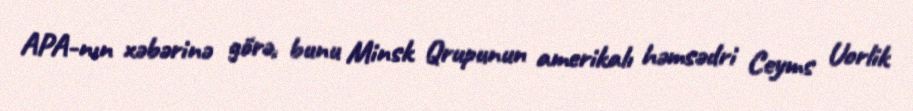
APA-nın xəbərinə görə, bunu Minsk Qrupunun amerikalı həmsədri Ceyms Uorlik